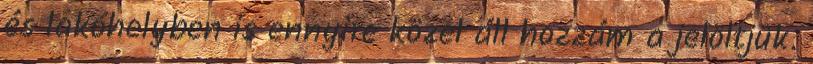
és lakóhelyben is ennyire közel áll hozzám a jelöltjük.